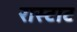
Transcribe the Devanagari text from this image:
रास्टाट